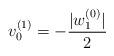
LaTeX: \begin{align*}v^{(1)}_0=-\frac{|w^{(0)}_1|}{2}\end{align*}